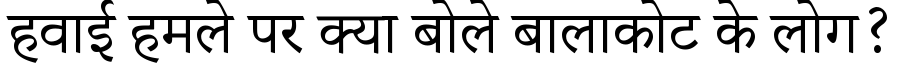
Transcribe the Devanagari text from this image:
हवाई हमले पर क्या बोले बालाकोट के लोग?